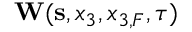
{ \bf W } ( { \bf s } , x _ { 3 } , x _ { 3 , F } , \tau )